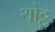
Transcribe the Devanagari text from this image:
थोट्टू